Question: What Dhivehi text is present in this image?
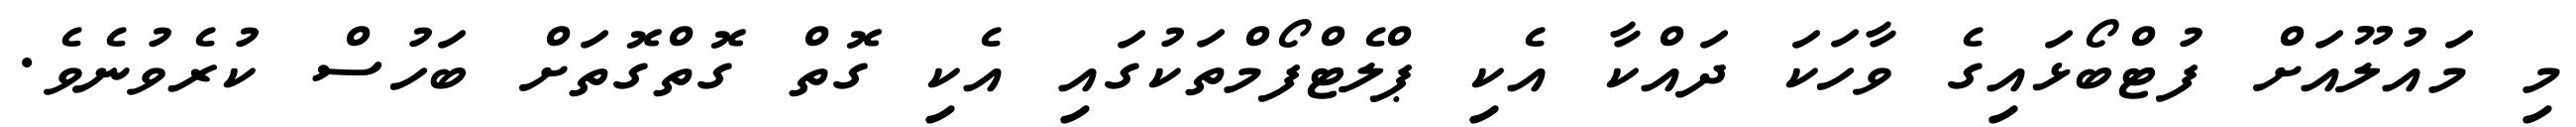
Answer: މި މައުލޫއަށް ފުޓްބޯޅައިގެ ވާހަކަ ދައްކާ އެކި ޕްލެޓްފޯމްތަކުގައި އެކި ގޮތް ގޮތްގޮތަށް ބަހުސް ކުރެވުނެވެ.